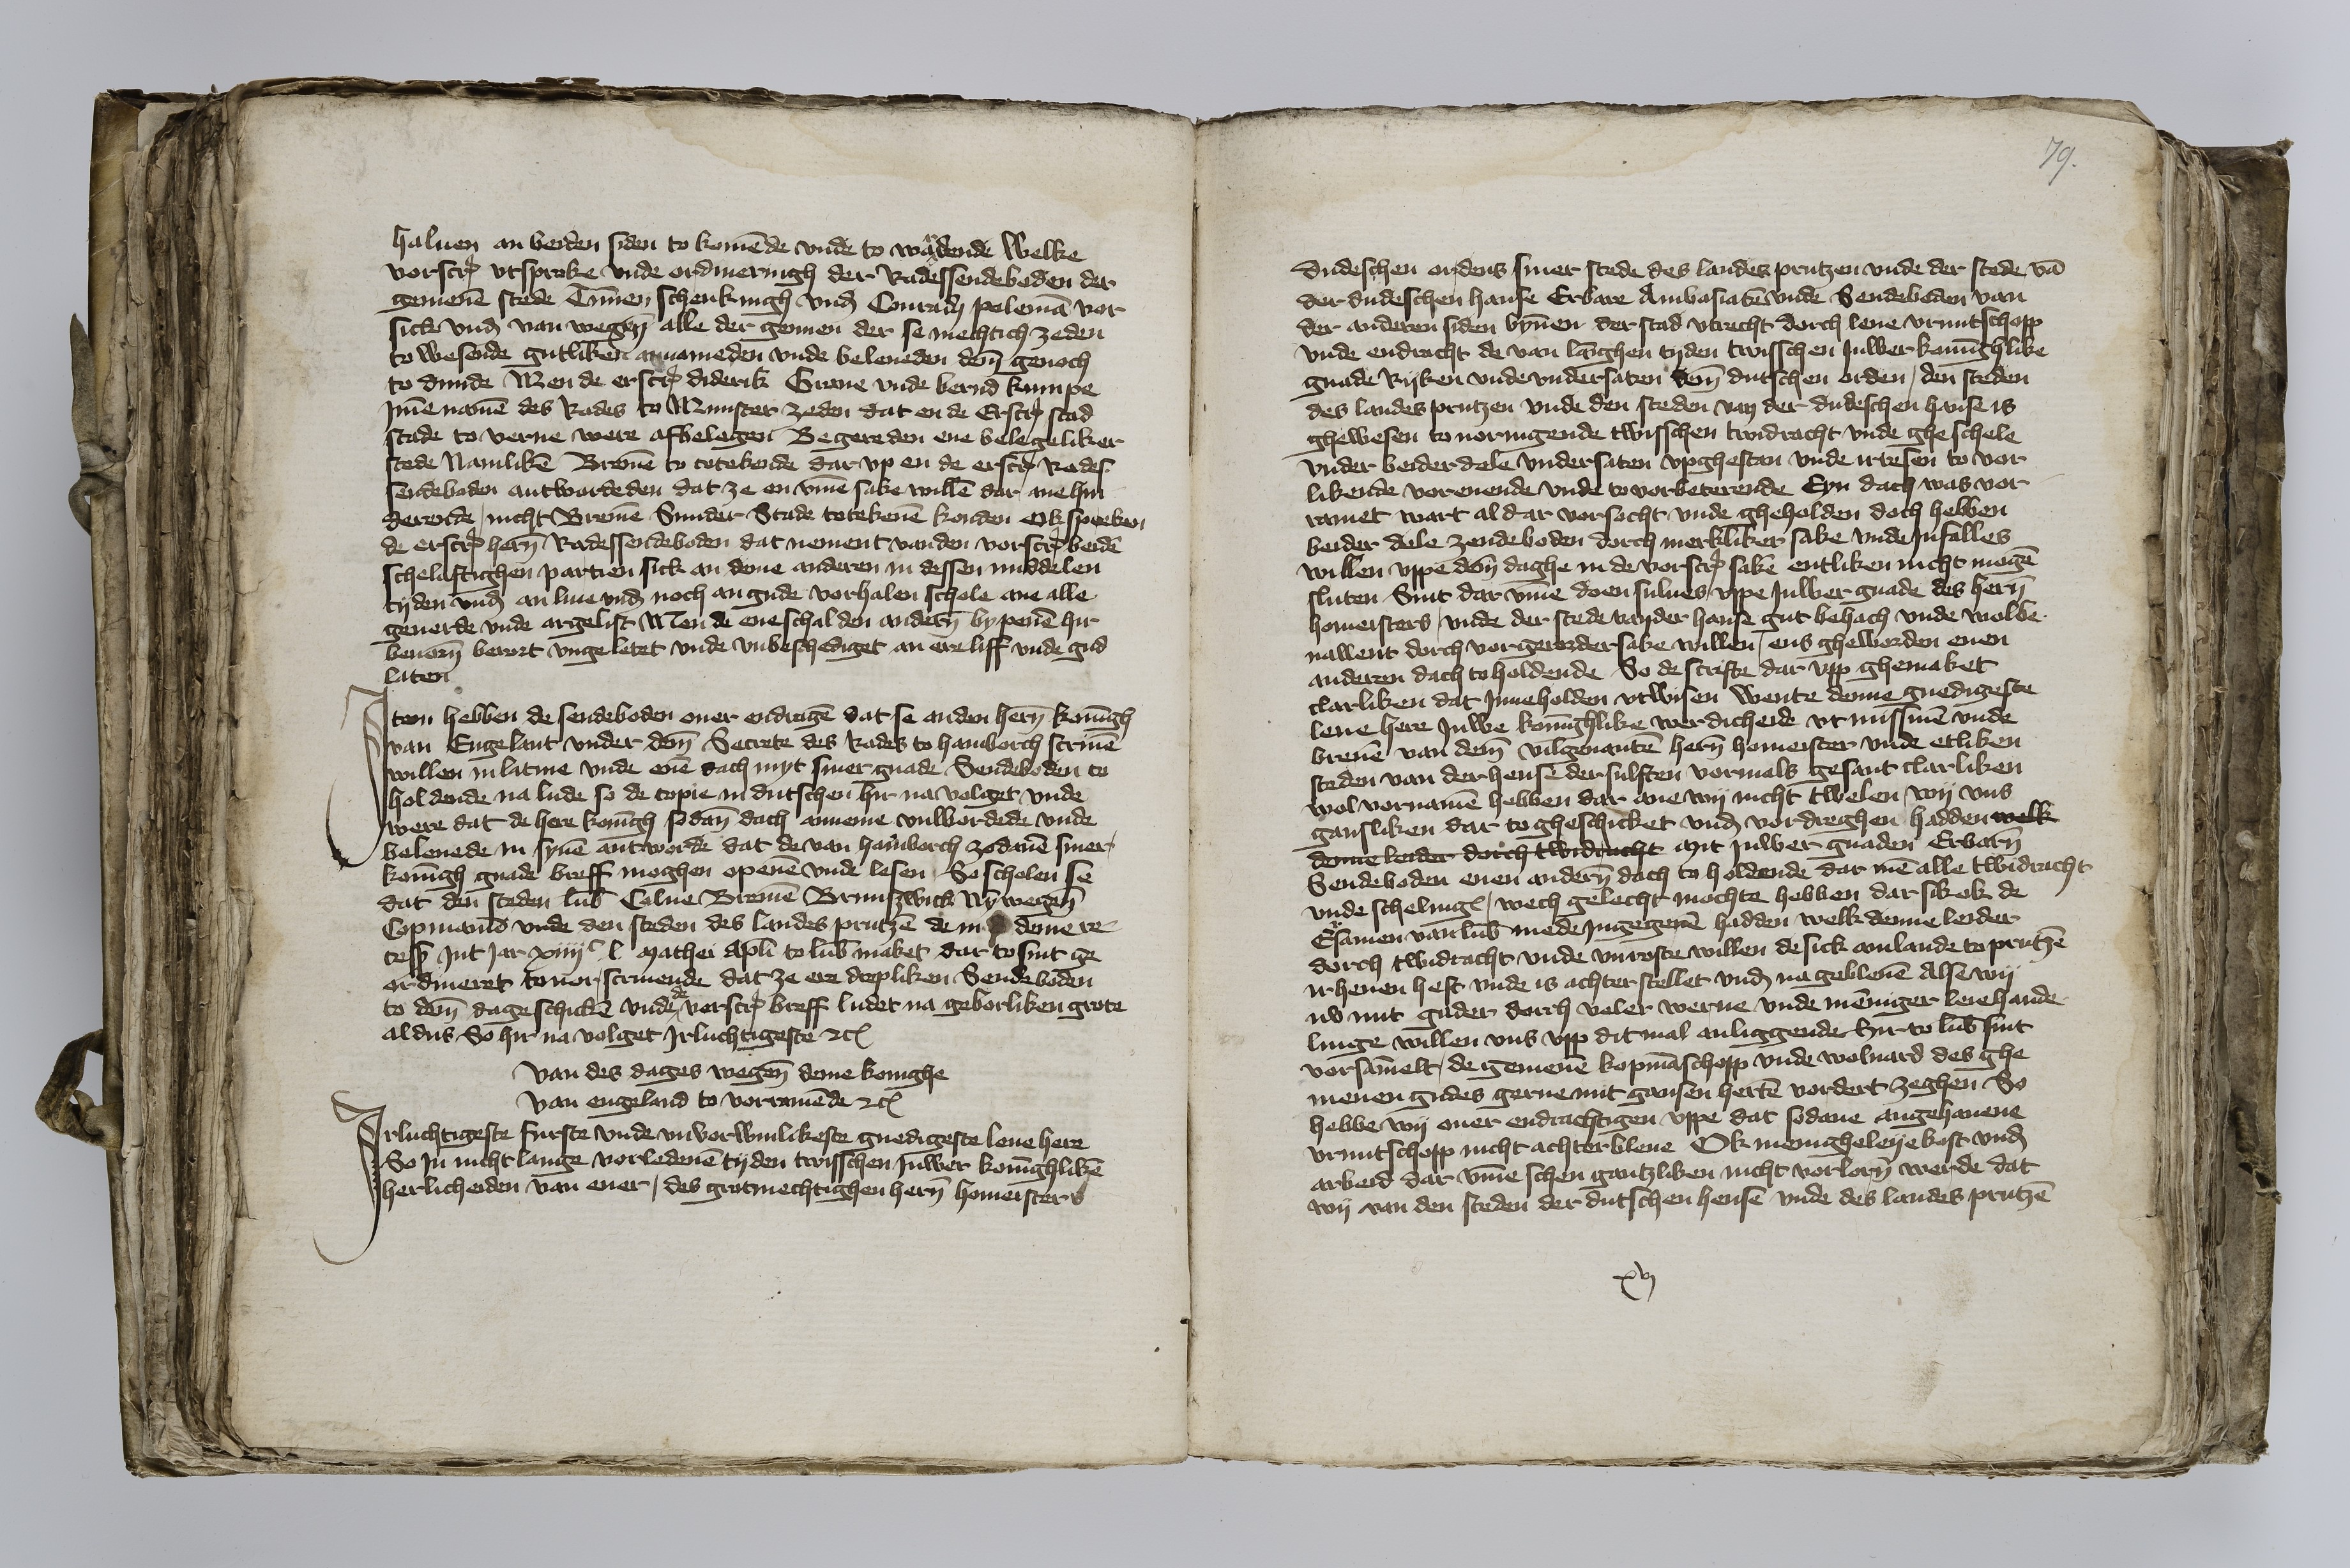
haluen an beiden siden to komende vnde to wardende welke
vorscreuen vtsprake vnde ordineringh der Radessendeboden der
gemenen stede Timmen Schenkingh vnd Conradus Poleman vor
sick vnd van wegene alle der gennen der se mechtich zeden
to wesende gutliken annameden vnde beleueden deme genoch
to dunde Men de erscreuen Diderik Graue vnde Bernd Kumpe
Jmme nomen des Rades to Munster zeden dat en de Erscreuene stad
Stade to verne were afbelegen Begere den ene belegeliker
stede Namliken Bremen to tetekende dar vp en de erscreuenen Rades¬
sendebaden antwardeden dat ze en vmme sake willen dar me hin¬
derende, nicht Bremen Sunder Stade totekenen konden Ok spreken
de erscreuen heren Radessendeboden dat nement vanden vorscreuen beiden
schelaftighen partien sick an deme anderen in dessen middelen
tyden vnd an liue vnd noch an gude vorhalen schole ane alle
geuerde vnde argelist Men de ene schal den anderen by penen hir
beuoren berort vngeletet vnde vnbeschediget an ere liff vnde gud
laten.

Jtem hebben de sendeboden ouer endragen dat se an der heren koningh
van Engelant vnder deme Secrete des Rades to Hamborch scriuen
willen in latine vnde enen dach myt siner gnade Sendeboden to
holdende na lude so de copie in dutschen hir na volget vnde
were dat de here koningh sodane dach anneme vulwordede vnde
beleuede iu syner antworde dat de van Hamborch zodanen siner
koningh gnade breff moghen openen vnde lesen So scholen se
dat den steden Lubeke Colne Bremen Brunswick Nymwegehe
Copmannen vnde den steden des landes Prutzen de in deme re¬
cess Jnt Jar xiiijc l Mathei Apostoli to Lubeke maket dar to sint ge¬
ordineret touorscriuende dat ze ere drepliken Sendeboden
to deme dage schicken vnde de vorscreuen breff ludet na geborliken grote
aldus So hir na volget Jrluchtigeste etcetera

van des dages wegene deme konighe
van Engeland to vorramende etcetera

Jrluchtigeste furste vnde vnvorwinlikeste gnedigste leue here
So Jn nicht lange vorledenen tyden twisschen Juwer koninghliken
herlicheiden van ener, des grotmechtighen heren homeisters

dudeschen ordens siner stede des landes Prutzen vnde der stede van
der dudeschen hanse Erbare Ambasiaten vnde Sendeboden van
der anderen siden bynnen der stad Vtrecht dorch leue vruntschopp
vnde endracht de van langhen tyden twisschen Juwer koninghlike
gnade Ryken vnde vndersaten deme dutschen orden, den steden
des landes Prutzen vnde den steden van der dudeschen hanse is
ghewesen to uornigende twisschen twidracht vnde gheschele
vnder beiderdele vndersaten vpghestan vnde irresen to vor¬
likende vorenende vnde to vorbeterende Eyn dach was vor¬
ramet wart aldar vorsocht vnde gheholden doch hebben
beider dele zendeboden dorch merkliker sake vnde Jnfalles
willen vppe deme daghe in de vorscreuen sake entliken nicht mogen
sluten Sint dar vmme doen sulues vppe Juwer gnade des heren
homeisters, vnde der stede van der hanse gut behach vnde wolbe¬
uallent dorch vorgerorder sake willen, ens gheworden enen
anderen dach to holdende So de scrifte dar vpp ghemaket
clarliken dat Jnneholden vtwisen wente denne gnedigeste
leue here Juwe koninghlike werdicheide vt missiuen vnde
breuen van deme vilgenanten heren homeister vnde etliken
steden van der hense dersulften vormals gesant clarliken
wol vornamen hebben dare ane wy nicht twelen wy vns
gansliken dar to gheschicket vnd vordreghen hadden welk
denne leider dorch twidracht mit Juwer gnaden Erbaren
Sendeboden enen anderen dach to holdende dar men alle twidracht
vnde schelinges, wech gelecht mochte hebben dar sik ok de
Ersamen van Lubeke mede Jngegeuen hadden welk denne leider
dorch twidracht vnde vnroste willen de sick am lande to Prutzen
irheuen heft vnde is achter stellet vnd na gebleuen Alse wy
nv mit guder dorch veler werue vnde mennigerleie hande¬
linge willen vns vpp dit mal anliggende hir to Lubeke sint
vorsammelt, de gemenen kopmanschopp vnde woluard des ghe¬
menen gudes gerne mit gansen herten vordert zeghen So
hebbe wy ouer endrachtigen vppe dat sodane angehauene
vruntschopp nicht achterbleue Ok menigheleye kost vnd
arbeid dar vmme schen gantzliken nicht vorloren werde dat
wy van den steden der dutschen hense vnde des landes Prutzen